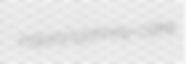
inquiry's johnny-cake